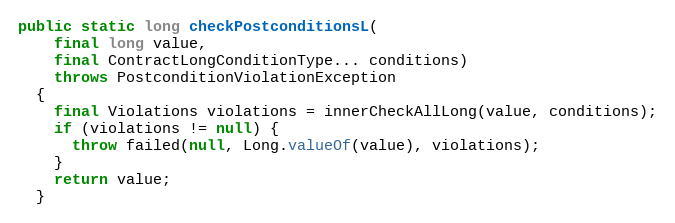
Language: Java
public static long checkPostconditionsL(
    final long value,
    final ContractLongConditionType... conditions)
    throws PostconditionViolationException
  {
    final Violations violations = innerCheckAllLong(value, conditions);
    if (violations != null) {
      throw failed(null, Long.valueOf(value), violations);
    }
    return value;
  }